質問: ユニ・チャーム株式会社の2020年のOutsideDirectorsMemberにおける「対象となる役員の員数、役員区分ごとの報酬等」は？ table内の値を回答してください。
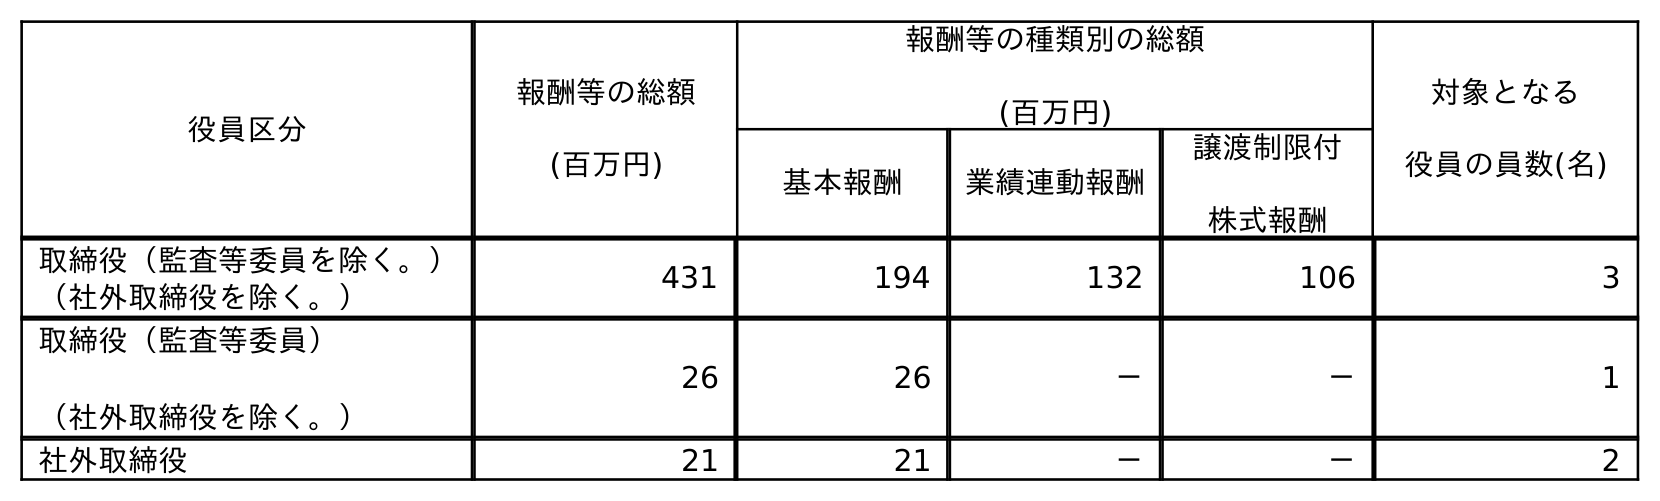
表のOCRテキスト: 役員区分 報酬等の総額 (百万円) 報酬等の種類別の総額 (百万円) 対象となる 役員の員数(名) 基本報酬 業績連動報酬 譲渡制限付 株式報酬 取締役（監査等委員を除く。） （社外取締役を除く。） 431 194 132 106 3 取締役（監査等委員） （社外取締役を除く。） 26 26 － － 1 社外取締役 21 21 － － 2
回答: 2